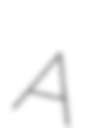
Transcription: A